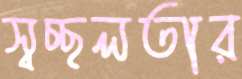
স্বচ্ছলতার